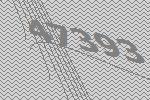
47393